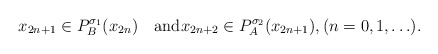
\begin{gather*}x_{2n+1}\in P_B^{\sigma_1}(x_{2n})\quad\mbox{and}x_{2n+2}\in P_A^{\sigma_2}(x_{2n+1}),(n=0,1,\ldots).\end{gather*}